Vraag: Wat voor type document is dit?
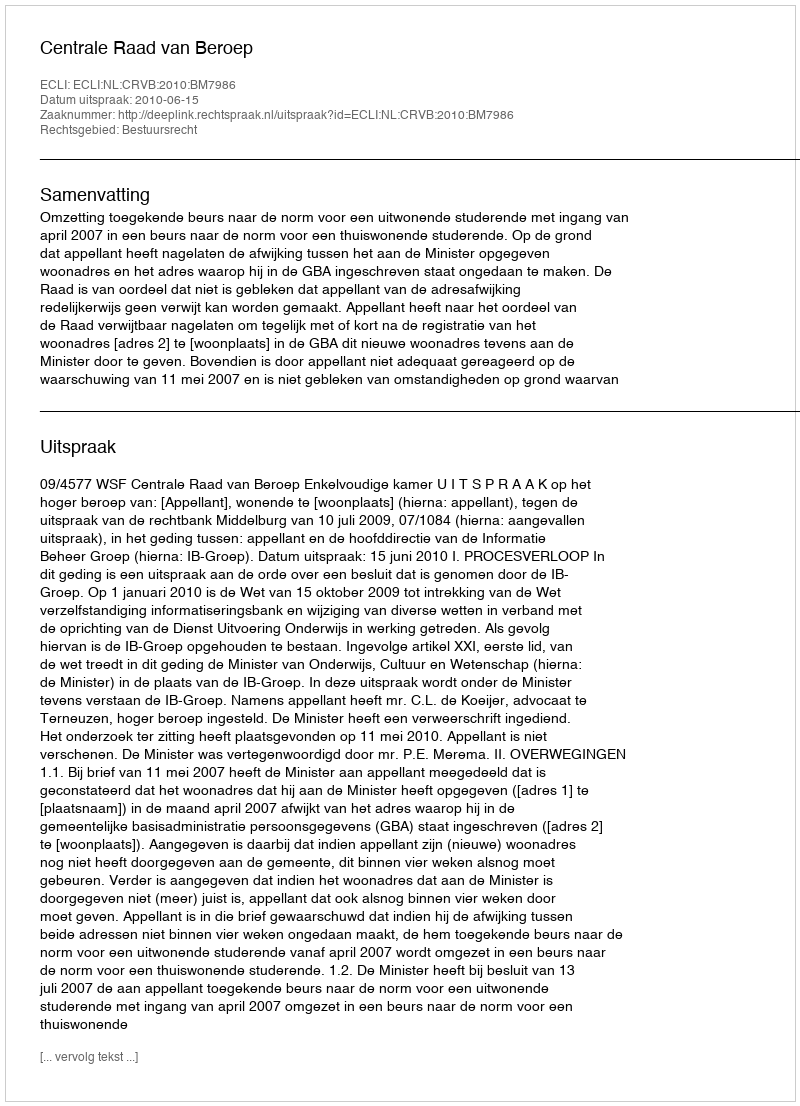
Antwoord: Uitspraak